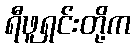
ရီဖူရှင်းတို့က